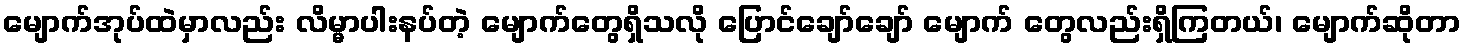
မျောက်အုပ်ထဲမှာလည်း လိမ္မာပါးနပ်တဲ့ မျောက်တွေရှိသလို ပြောင်ချော်ချော် မျောက် တွေလည်းရှိကြတယ်၊ မျောက်ဆိုတာ